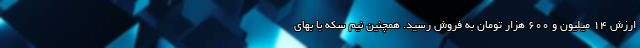
ارزش ۱۴ میلیون و ۶۰۰ هزار تومان به فروش رسید. همچنین نیم سکه با بهای